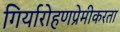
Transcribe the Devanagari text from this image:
गिर्यारोहणप्रेमीकरता